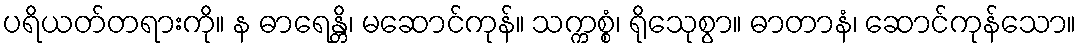
ပရိယတ်တရားကို။ န ဓာရေန္တိ၊ မဆောင်ကုန်။ သက္ကစ္စံ၊ ရိုသေုစွာ။ ဓာတာနံ၊ ဆောင်ကုန်သော။